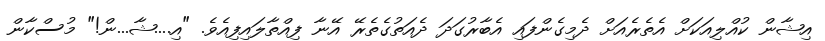
އިޝާން ކުއްލިއަކަށް އެތެރެއަށް ދެމިގެންފައި އެބާރުގަދަ ދެއަތުގެތެރޭ އޭނާ ފިއްތާލައިފިއެވެ. "އި....ޝާ...ން!" މުސްކާން